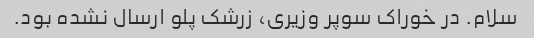
سلام. در خوراک سوپر وزیری، زرشک پلو ارسال نشده بود.